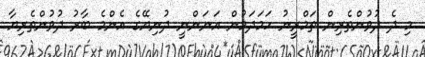
މި ދެ ދުވުންތެރިން ތަމްރީނު ހަމަދަމުން އަނަންނީ ދުނިޔޭގެ އެންމެ ބާރު ދުވުންތެރިޔާ